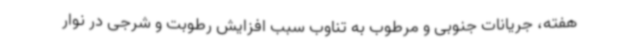
هفته، جریانات جنوبی و مرطوب به تناوب سبب افزایش رطوبت و شرجی در نوار